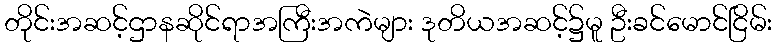
တိုင်းအဆင့်ဌာနဆိုင်ရာအကြီးအကဲများ ဒုတိယအဆင့်၌မူ ဦးခင်မောင်ငြိမ်း